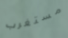
مستغرب